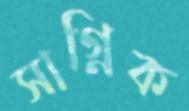
সাগ্নিক